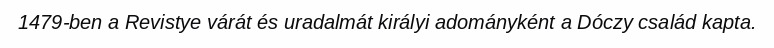
1479-ben a Revistye várát és uradalmát királyi adományként a Dóczy család kapta.